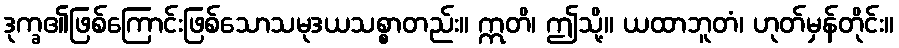
ဒုက္ခ၏ဖြစ်ကြောင်းဖြစ်သောသမုဒယသစ္စာတည်း။ ဣတိ၊ ဤသို့။ ယထာဘူတံ၊ ဟုတ်မှန်တိုင်း။